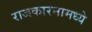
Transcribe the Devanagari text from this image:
राजकारनामध्ये